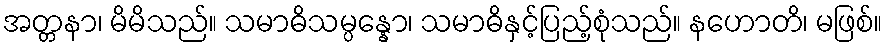
အတ္တနာ၊ မိမိသည်။ သမာဓိသမ္ပန္နော၊ သမာဓိနှင့်ပြည့်စုံသည်။ နဟောတိ၊ မဖြစ်။